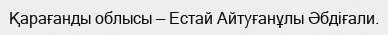
Қарағанды облысы — Естай Айтуғанұлы Әбдіғали.